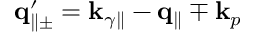
{ \bf q } _ { \parallel \pm } ^ { \prime } = { \bf k } _ { \gamma \parallel } - { \bf q } _ { \parallel } \mp { \bf k } _ { p }